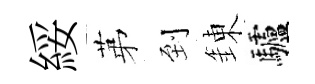
綏苐到錬驢